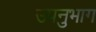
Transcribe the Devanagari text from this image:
उपनुभाग